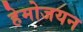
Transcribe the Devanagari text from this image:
हेमोजयन